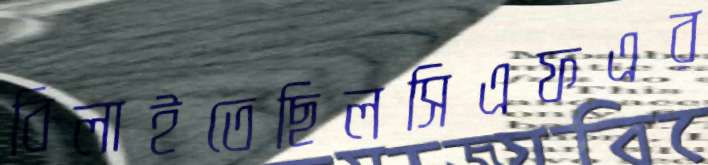
বিলাইতেছিলসিএফএর